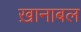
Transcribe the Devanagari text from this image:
ख़ानाबल